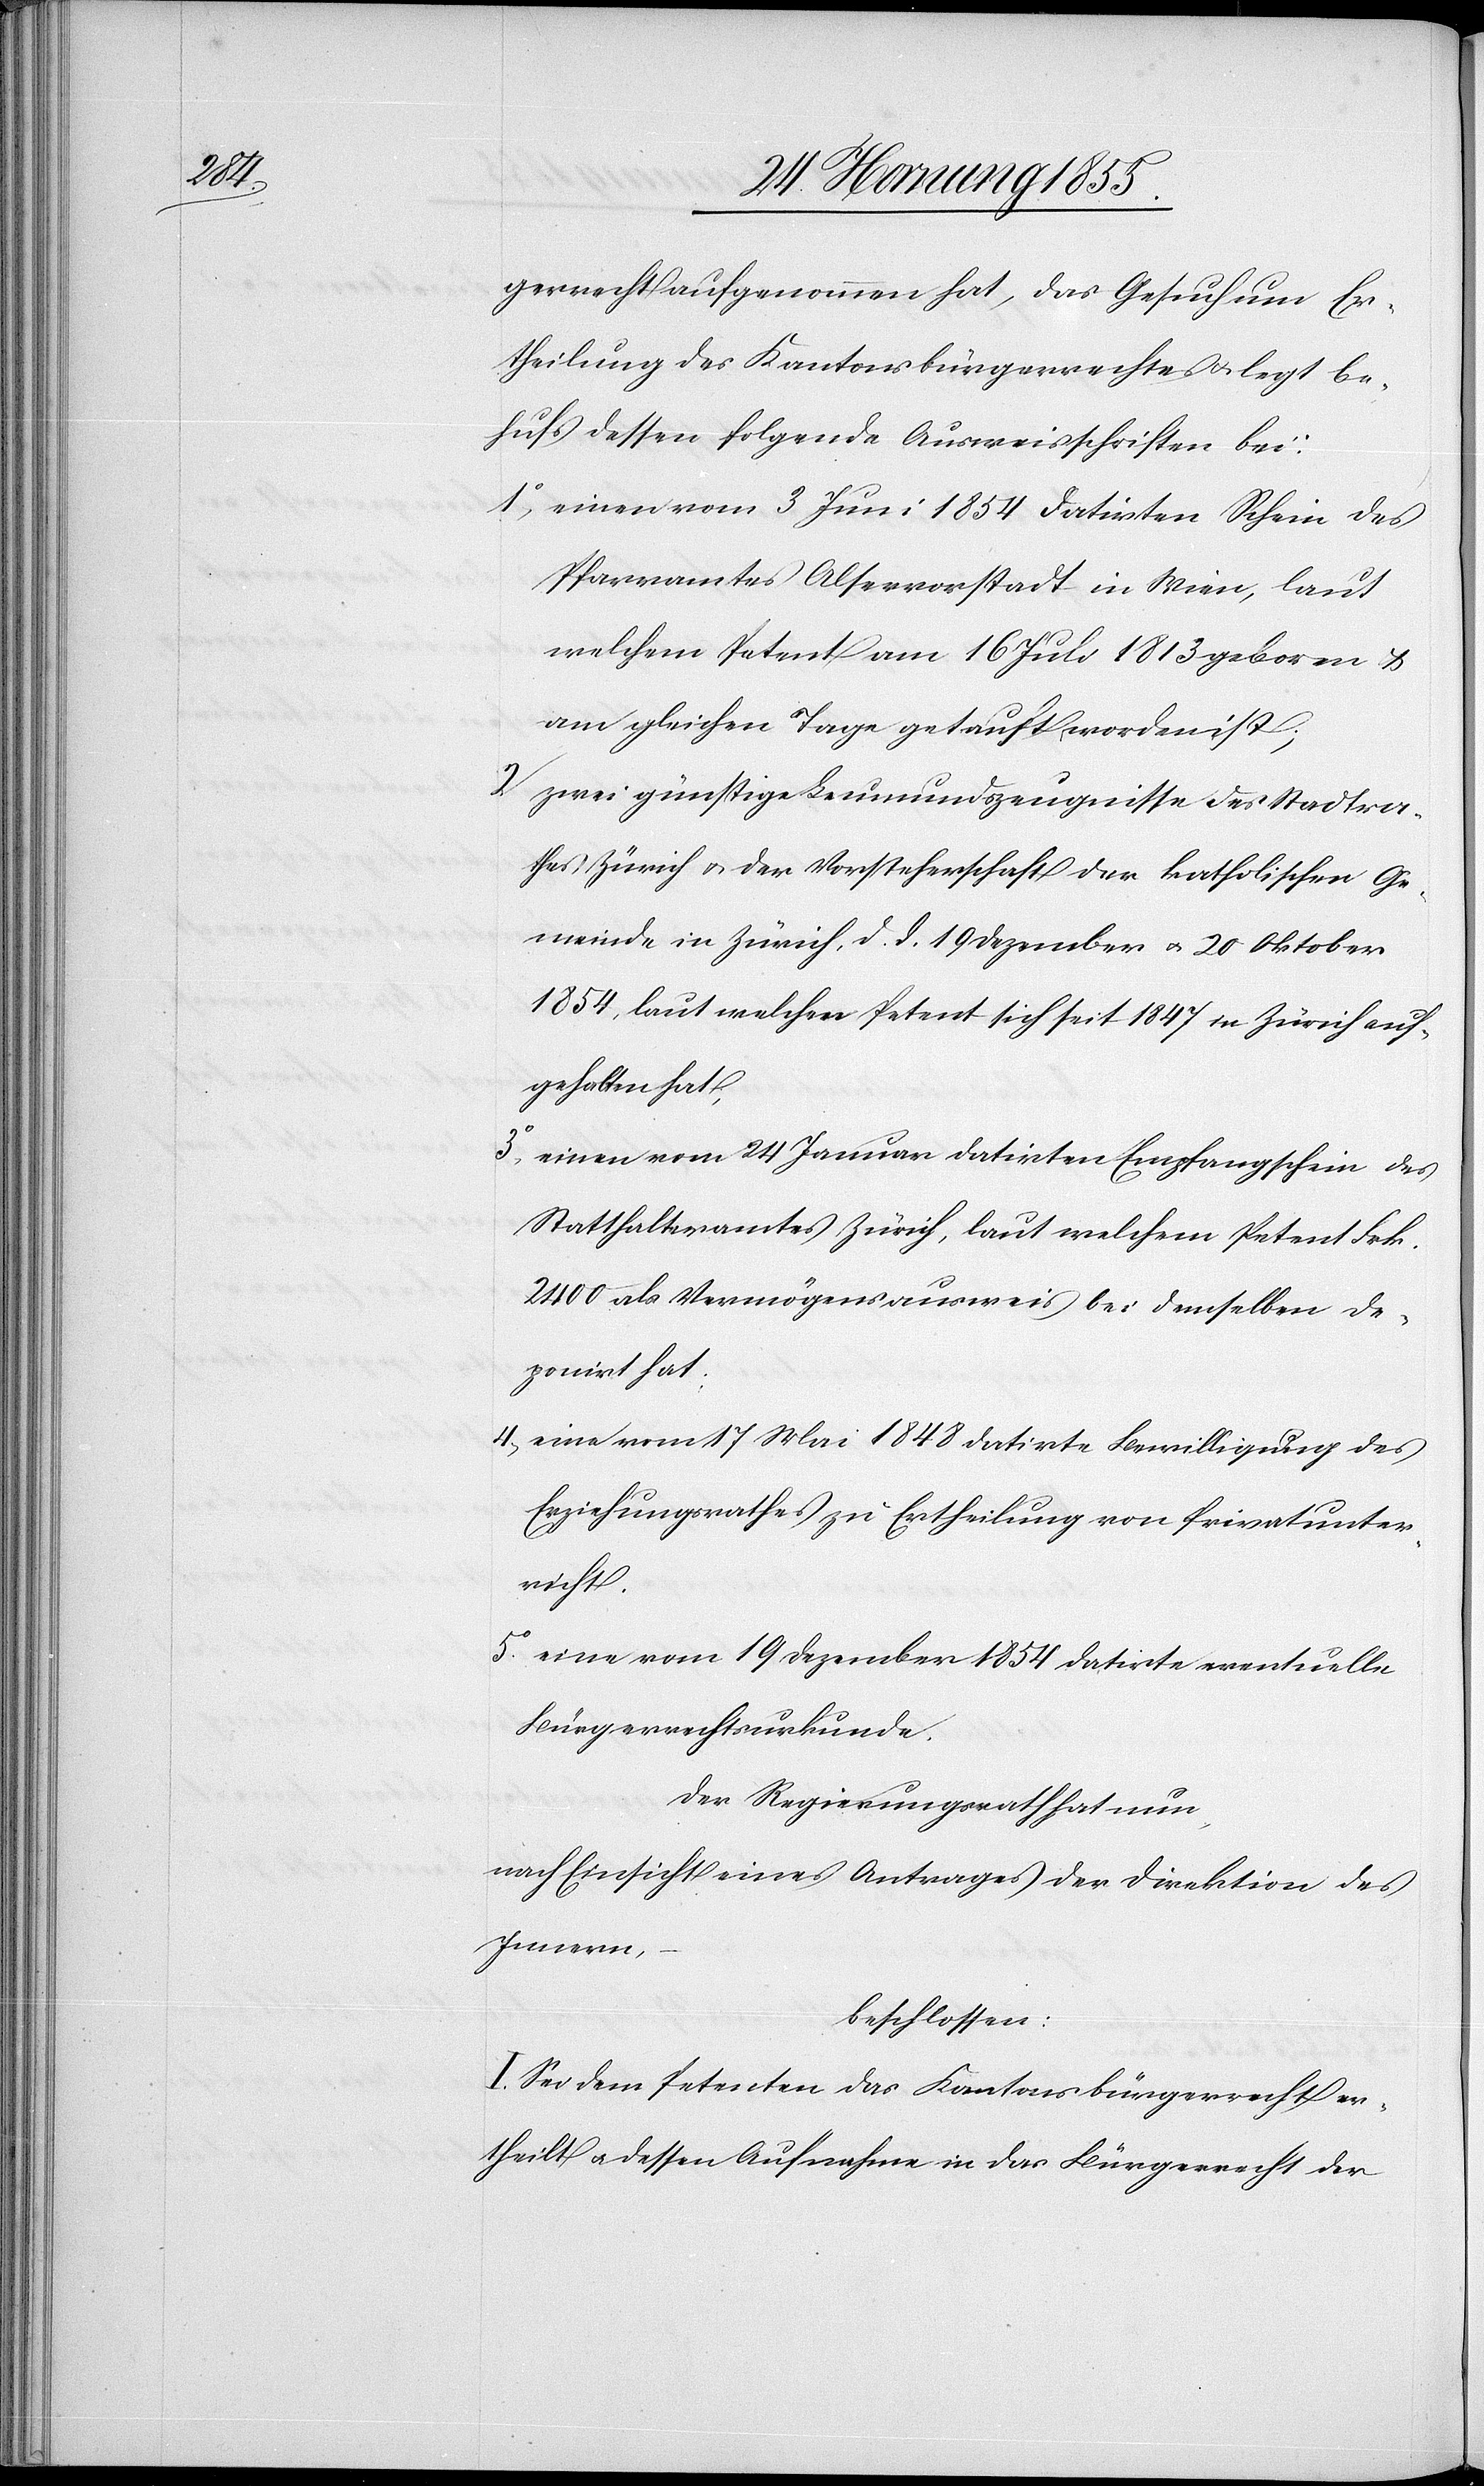
gerrecht aufgenommen hat, das Gesuch um Er¬
theilung des Kantonsbürgerrechtes & legt be¬
hufs dessen folgende Ausweisschriften bei:
einen vom 3 Juni 1854 datirten Schein des
Pfarramtes Alservorstadt in Wien, laut
welchem Petent am 16 Juli 1813 geboren &
am gleichen Tage getauft worden ist;
zwei günstige Leumundszeugnisse des Stadtrat¬
hes Zürich & der Vorsteherschaft der katholischen Ge¬
meinde in Zürich, d. d. 19 Dezember & 20 Oktober
1854, laut welchen Petent sich seit 1847 in Zürich auf¬
gehalten hat,
einen vom 24 Januar datirten Empfangschein des
Statthalteramtes Zürich, laut welchem Petent Frk.
2400 als Vermögensausweis bei demselben de¬
ponirt hat;
eine vom 17 Mai 1848 datirte Bewilligung des
Erziehungsrathes zu Ertheilung von Privatunter¬
richt.
eine vom 19 Dezember 1854 datirte eventuelle
Bürgerrechtsurkunde.
Der Regierungsrath hat nun,
nach Einsicht eines Antrages der Direktion des
Innern,
–
beschlossen:
I. Sei dem Petenten das Kantonsbürgerrecht er¬
theilt & dessen Aufnahme in das Bürgerrecht der